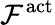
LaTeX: \mathcal{F}^{\mathrm{{act}}}